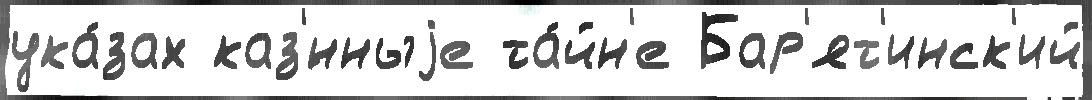
ука́зах каз'́нныjе та́йн'е Бар'ят'инск'ий